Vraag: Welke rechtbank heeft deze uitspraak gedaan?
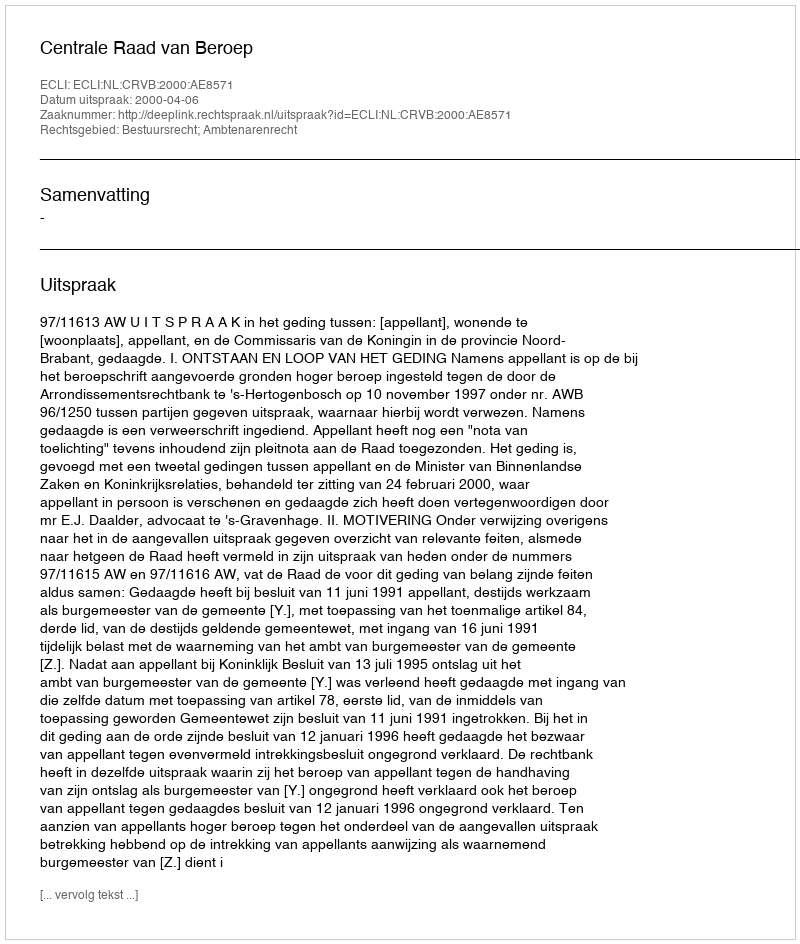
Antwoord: Centrale Raad van Beroep